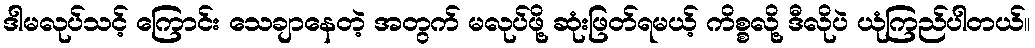
ဒါမလုပ်သင့် ကြောင်း သေချာနေတဲ့ အတွက် မလုပ်ဖို့ ဆုံးဖြတ်ရမယ့် ကိစ္စလို့ ဒီလိုပဲ ယုံကြည်ပါတယ်။